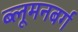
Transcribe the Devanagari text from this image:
ब्लूमनबर्ग